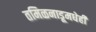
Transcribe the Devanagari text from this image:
तमिळनाडूमधेही